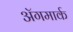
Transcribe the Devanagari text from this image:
अॅगमार्क